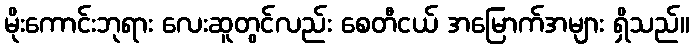
မိုးကောင်းဘုရား လေးဆူတွင်လည်း စေတီငယ် အမြောက်အများ ရှိသည်။